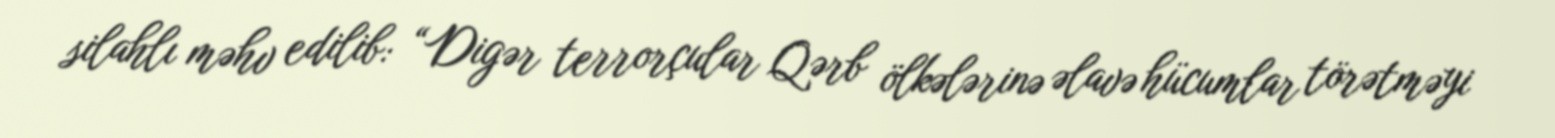
silahlı məhv edilib: “Digər terrorçular Qərb ölkələrinə əlavə hücumlar törətməyi